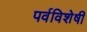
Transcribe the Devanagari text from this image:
पर्वविशेषीं